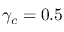
\gamma _ { c } = 0 . 5